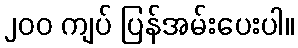
၂၀၀ ကျပ် ပြန်အမ်းပေးပါ။